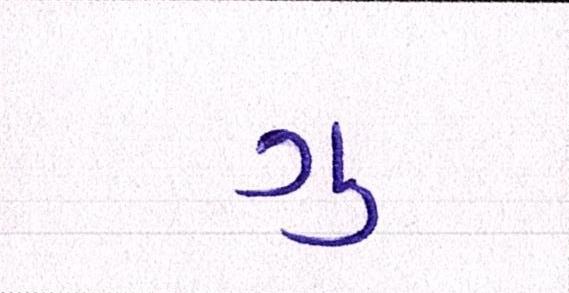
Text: ગુ